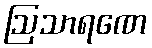
ဩသာရဏေ